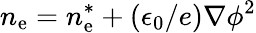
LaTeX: n_{\mathrm{e}}=n_{\mathrm{e}}^{*}+\left(\epsilon_{0}/e\right)\nabla\phi^{2}